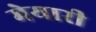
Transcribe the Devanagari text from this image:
मेयारी